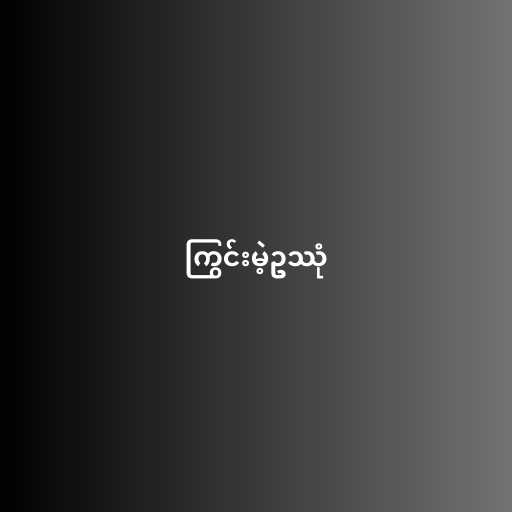
ကြွင်းမဲ့ဥဿုံ